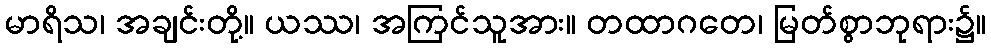
မာရိသ၊ အချင်းတို့။ ယဿ၊ အကြင်သူအား။ တထာဂတေ၊ မြတ်စွာဘုရား၌။